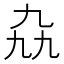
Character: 𫡤